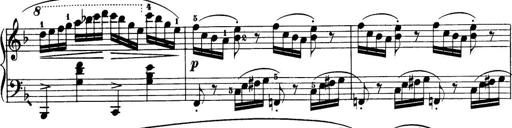
Title: 32 Sonatinas and Rondos for the Piano
Composer: Richard Kleinmichel